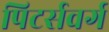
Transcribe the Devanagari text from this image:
पिटर्सवर्ग